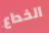
الخداع